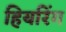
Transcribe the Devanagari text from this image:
हियरिंग